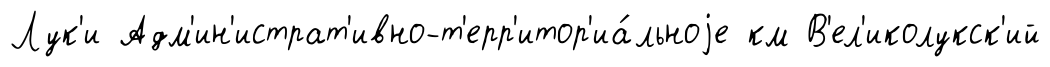
Лук'и Адм'ин'истрат'ивно-т'ерр'итор'иа́льноjе км В'ел'иколукск'ий